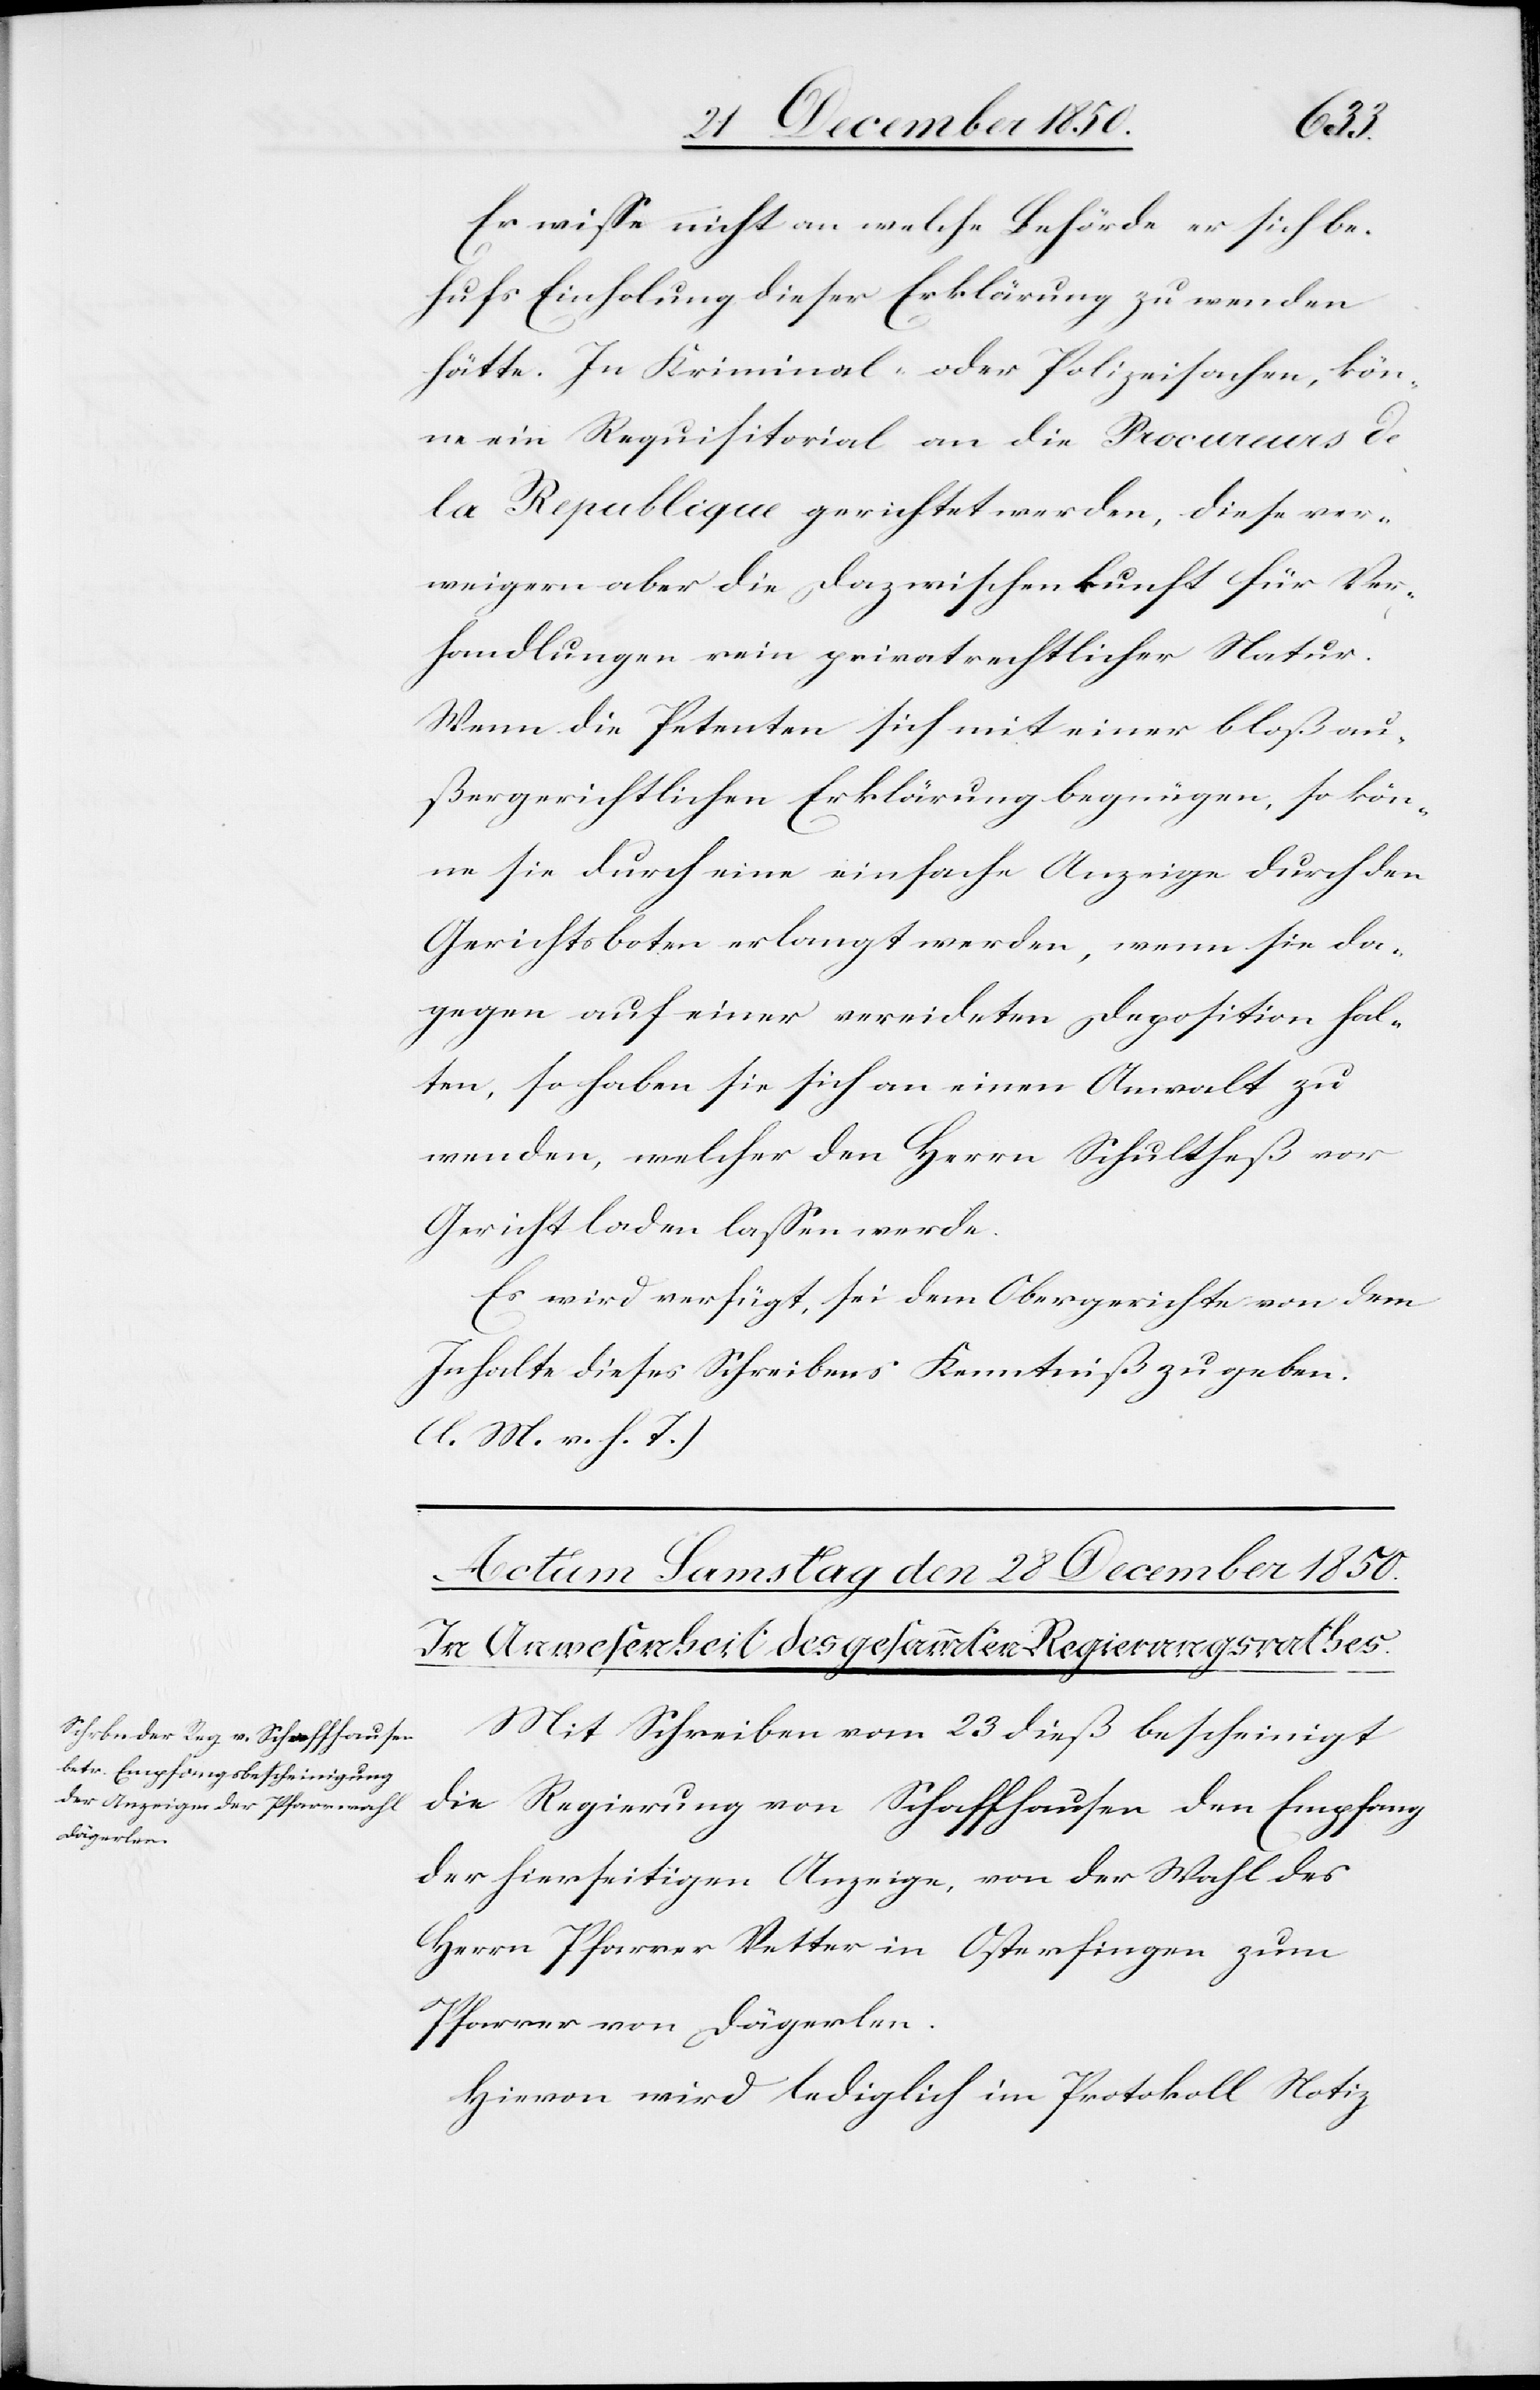
Er wisse nicht an welche Behörde er sich be¬
hufs Einholung dieser Erklärung zu wenden
hätte. In Kriminal- oder Polizeisachen, kön¬
ne ein Requisitorial an die Procureurs de
la Republique gerichtet werden, diese ver¬
weigern aber die Dazwischenkunft für Ver¬
handlungen rein privatrechtlicher Natur.
Wenn die Petenten sich mit einer bloß au¬
ßergerichtlichen Erklärung begnügen, so kön¬
ne sie durch eine einfache Anzeige durch den
Gerichtsboten erlangt werden, wenn sie da¬
gegen auf einer vereideten Deposition hal¬
ten, so haben sie sich an einen Anwalt zu
wenden, welcher den Herrn Schultheß vor
Gericht laden lassen werde.
Es wird verfügt, sei dem Obergerichte von dem
Inhalte dieses Schreibens Kenntniß zu geben.
(l. M. v. h. T.)
Mit Schreiben vom 23 dieß bescheinigt
die Regierung von Schaffhausen den Empfang
der hierseitigen Anzeige, von der Wahl des
Herrn Pfarrer Vetter in Osterfingen zum
Pfarrer von Dägerlen.
Hievon wird lediglich im Protokoll Notiz